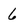
Character: 6